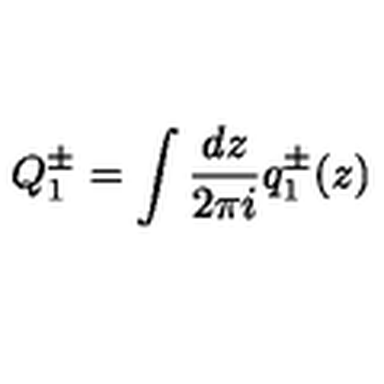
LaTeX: Q _ { 1 } ^ { \pm } = \int { \frac { d z } { 2 \pi i } } q _ { 1 } ^ { \pm } ( z )